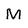
Character: M